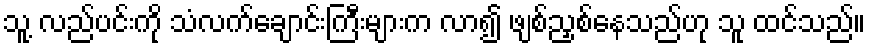
သူ့ လည်ပင်းကို သံလက်ချောင်းကြီးများက လာ၍ ဖျစ်ညှစ်နေသည်ဟု သူ ထင်သည်။